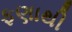
ફણાથી